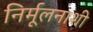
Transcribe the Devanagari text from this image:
निर्मूलनाशी